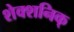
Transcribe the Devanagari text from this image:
शेक्शनिक्